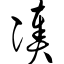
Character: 凑